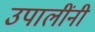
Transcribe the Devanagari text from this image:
उपालींनी